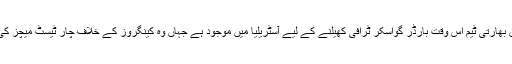
تفصیلات کے مطابق بھارتی ٹیم اس وقت بارڈر گواسکر ٹرافی کھیلنے کے لیے آسٹریلیا میں موجود ہے جہاں وہ کینگروز کے خلاف چار ٹیسٹ میچز کی سیریز کھیلے گی ۔